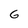
Character: G